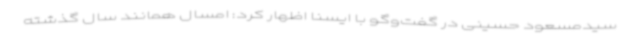
سیدمسعود حسینی در گفت‌وگو با ایسنا اظهار کرد: امسال همانند سال گذشته